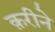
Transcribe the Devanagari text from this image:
क़रीने